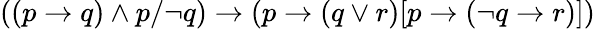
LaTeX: ((p\to q)\land p/\neg q)\to(p\to(q\lor r)[p\to(\neg q\to r)])